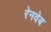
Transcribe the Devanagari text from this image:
रेनवेब